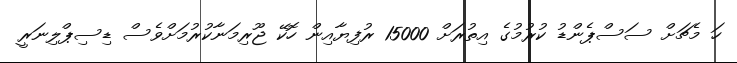
ހަ މެޗަށް ސަސްޕެންޑު ކުރުމުގެ އިތުރަށް 15000 ރުފިޔާއިން ހޮކޭ ޖޫރިމަނާކުރުމަށްވެސް ޑިސިޕްލިނަރީ